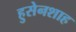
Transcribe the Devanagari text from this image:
हुसेनशाह